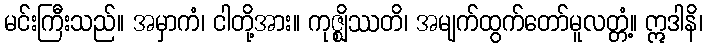
မင်းကြီးသည်။ အမှာကံ၊ ငါတို့အား။ ကုဇ္ဈိဿတိ၊ အမျက်ထွက်တော်မူလတ္တံ့။ ဣဒါနိ၊